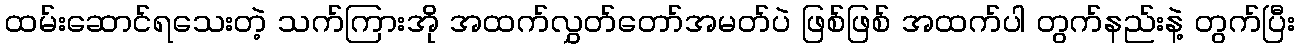
ထမ်းဆောင်ရသေးတဲ့ သက်ကြားအို အထက်လွှတ်တော်အမတ်ပဲ ဖြစ်ဖြစ် အထက်ပါ တွက်နည်းနဲ့ တွက်ပြီး